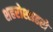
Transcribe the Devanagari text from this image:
शहरोश्शहरो